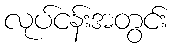
လုပ်ငန်းအတွင်း